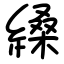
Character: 縔